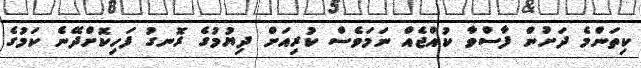
ކިތަންމެ ދަށުން ފާސްވާ ކުއްޖެއް ނަމަވެސް ކުރިއަށް ދިޔުމުގެ ރޮނގު ފަހިކޮށްދޭނެ ކަމުގެ